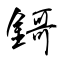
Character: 鎶